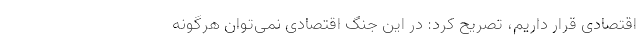
اقتصادی قرار داریم، تصریح کرد: در این جنگ اقتصادی نمی‌توان هرگونه